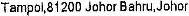
TAMPOL,81200 JOHOR BAHRU,JOHOR